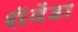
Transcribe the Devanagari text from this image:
शॅवेंडा